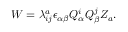
W = \lambda _ { i j } ^ { a } \epsilon _ { \alpha \beta } Q _ { \alpha } ^ { i } Q _ { \beta } ^ { j } Z _ { a } .